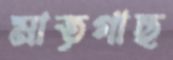
মাতৃগাছ